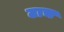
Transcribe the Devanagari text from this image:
टाच